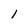
Character: 1